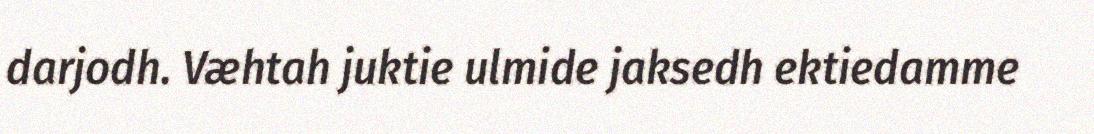
darjodh. Væhtah juktie ulmide jaksedh ektiedamme